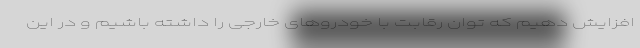
افزایش دهیم که توان رقابت با خودروهای خارجی را داشته باشیم و در این